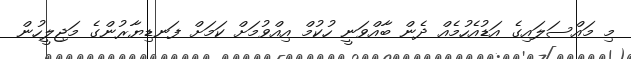
މި މައްސަލައިގެ އަޑުއެހުމެއް ދެން ބާއްވަނީ ހުކުމް އިއްވުމަށް ކަމަށް ފަނޑިޔާރުންގެ މަޖިލީހުން